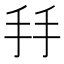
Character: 𢪒